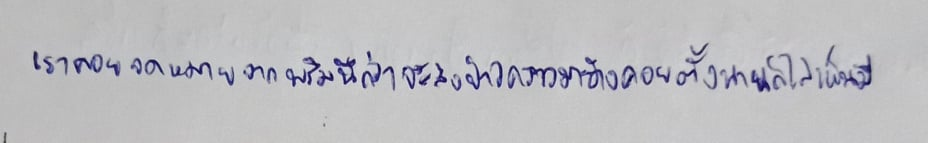
เราคอยจดหมายจากพริมนึกว่าจะส่งข่าวคราวมาบ้างคอยตั้งนานก็ไม่เห็นมี